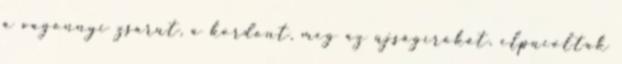
a vagonnyi zsarut, a kordont, meg az újságírókat, elpucoltak